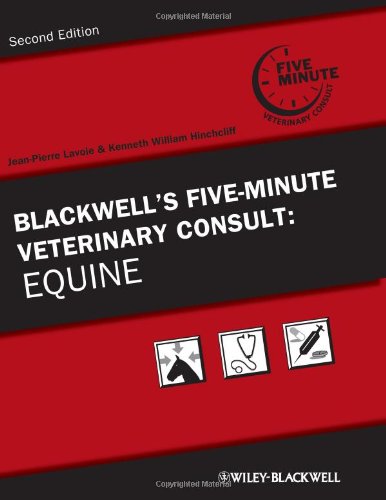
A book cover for Blackwell's Five-Minute Veterinary Consult: Equine; Medical Books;